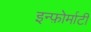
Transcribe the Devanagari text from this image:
इन्फ़ोर्माटी